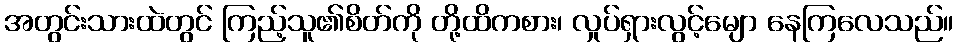
အတွင်းသားထဲတွင် ကြည့်သူ၏စိတ်ကို တို့ထိကစား၊ လှုပ်ရှားလွင့်မျော နေကြလေသည်။